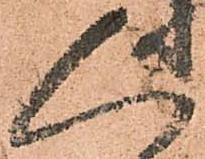
人